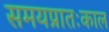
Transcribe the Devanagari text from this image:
समयप्रातःकाल